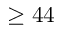
\ge 4 4